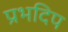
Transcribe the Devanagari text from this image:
प्रभदिप